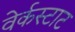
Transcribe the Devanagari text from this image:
वेर्कस्टाट